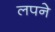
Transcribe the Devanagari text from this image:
लपने